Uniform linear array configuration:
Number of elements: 16
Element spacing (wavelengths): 0.75
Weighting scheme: kaiser
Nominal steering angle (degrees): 30
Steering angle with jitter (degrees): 28.49
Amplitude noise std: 0.05
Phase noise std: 0.05

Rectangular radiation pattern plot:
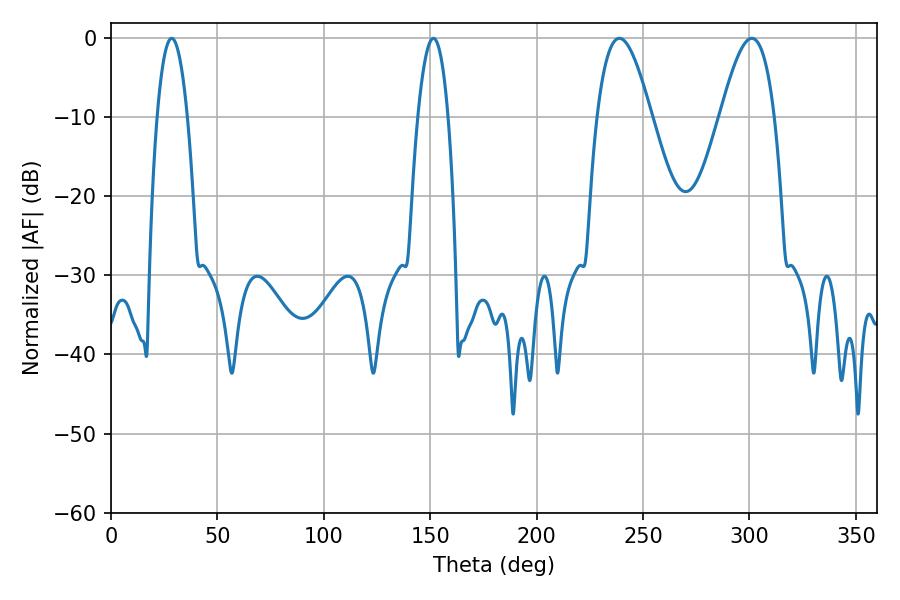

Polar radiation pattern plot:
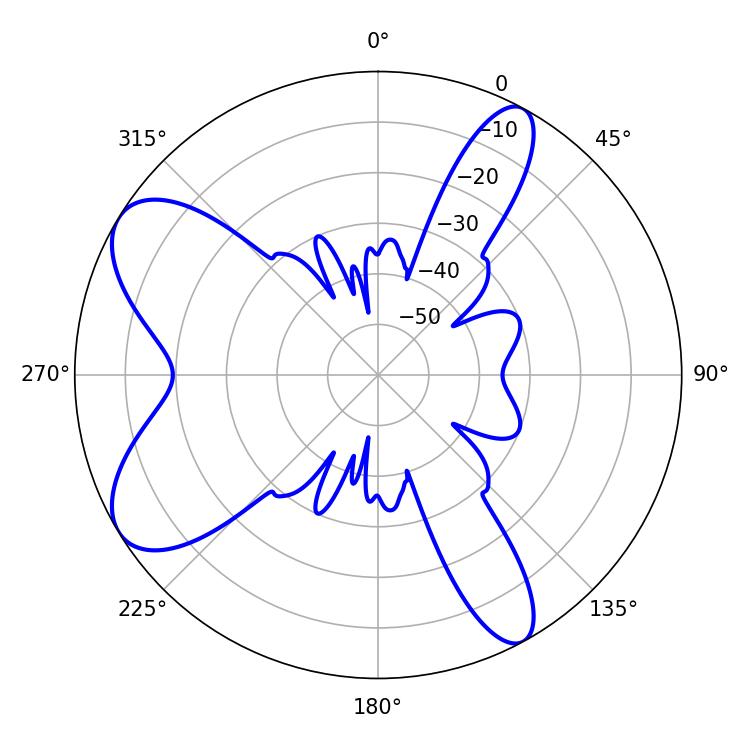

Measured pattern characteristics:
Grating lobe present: TRUE
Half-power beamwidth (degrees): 13.68
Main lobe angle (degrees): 238.86